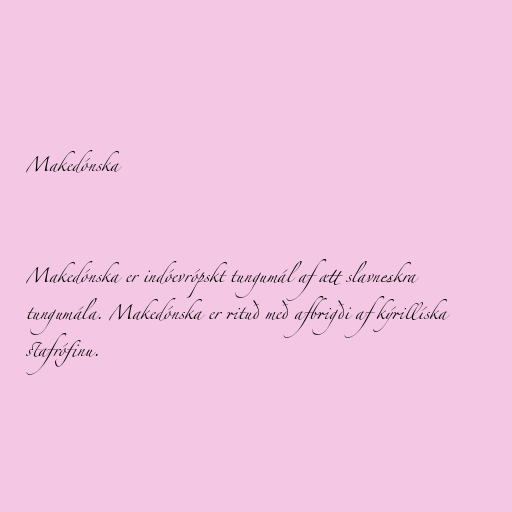
Makedónska

Makedónska er indóevrópskt tungumál af ætt slavneskra
tungumála. Makedónska er rituð með afbrigði af kýrillíska
stafrófinu.